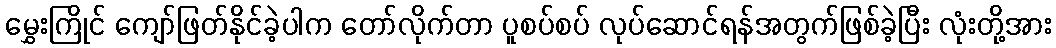
မွှေးကြိုင် ကျော်ဖြတ်နိုင်ခဲ့ပါက တော်လိုက်တာ ပူစပ်စပ် လုပ်ဆောင်ရန်အတွက်ဖြစ်ခဲ့ပြီး လုံးတို့အား